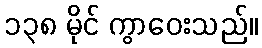
၁၃၈ မိုင် ကွာဝေးသည်။